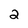
Character: 2